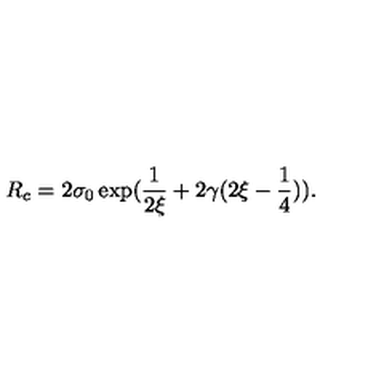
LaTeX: R _ { c } = 2 \sigma _ { 0 } \exp ( \frac { 1 } { 2 \xi } + 2 \gamma ( 2 \xi - \frac { 1 } { 4 } ) ) .